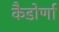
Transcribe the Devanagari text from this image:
कैडोर्णा